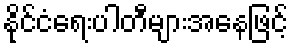
နိုင်ငံရေးပါတီများအနေဖြင့်